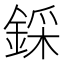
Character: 𨨫